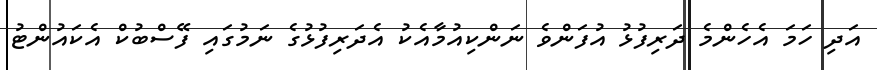
އަދި ހަމަ އެހެންމެ ދަރިފުޅު އުފަންވެ ނަންކިއުމާއެކު އެދަރިފުޅުގެ ނަމުގައި ފޭސްބުކް އެކައުންޓު